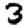
Digit: 3